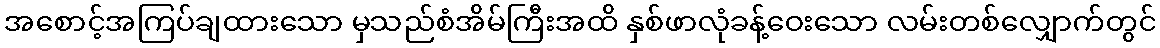
အစောင့်အကြပ်ချထားသော မှသည်စံအိမ်ကြီးအထိ နှစ်ဖာလုံခန့်ဝေးသော လမ်းတစ်လျှောက်တွင်